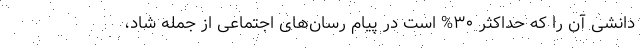
دانشی آن را که حداکثر ۳۰% است در پیام رسان‌های اجتماعی از جمله شاد،